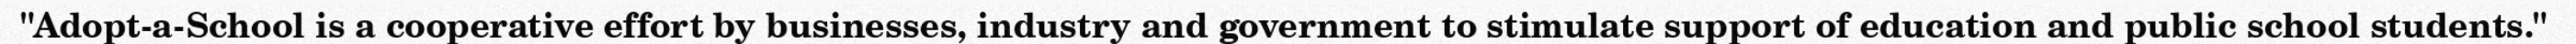
"Adopt-a-School is a cooperative effort by businesses, industry and government to stimulate support of education and public school students."